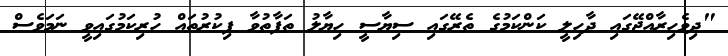
"ދިވެހިރާއްޖޭގައި ދާހިލީ ކަންކަމުގެ ތެރޭގައި ސިޔާސީ ހިޔާލު ތަފާތުވާ ފިކުރުތައް ހުރިކަމުގައިވީ ނަމަވެސް